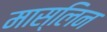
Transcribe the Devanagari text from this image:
मास्लिन